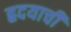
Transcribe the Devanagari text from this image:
ह्रदयाची